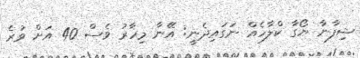
ޝިފާނާ ޔޯގާ ކްލާހެއް ނަގައިދެނީ: އޭނާ މިހާރު ވެސް 40 އަށް ވުރެ